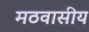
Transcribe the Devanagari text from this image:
मठवासीय